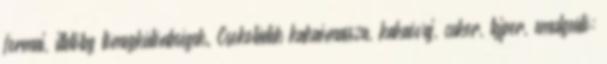
formai, illetőleg tömegkülönbségek. Csokoládék kakaómassza, kakaóvaj, cukor, tejpor, emulgeáló: